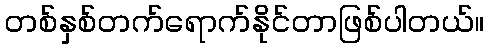
တစ်နှစ်တက်ရောက်နိုင်တာဖြစ်ပါတယ်။